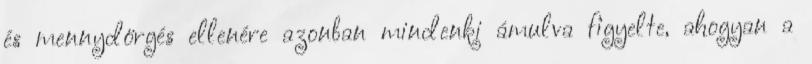
és mennydörgés ellenére azonban mindenki ámulva figyelte, ahogyan a